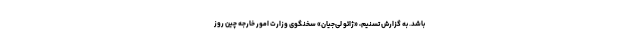
باشد. به گزارش تسنیم، «ژائو لی‌جیان» سخنگوی وزارت امور خارجه چین روز